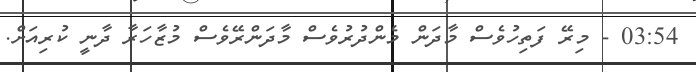
03:54 - މިރޭ ފަތިހުވެސް މާދަން މެންދުރުވެސް މާދަންރޭވެސް މުޒާހަރާ ދާނީ ކުރިއަށް.